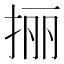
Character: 𰓬